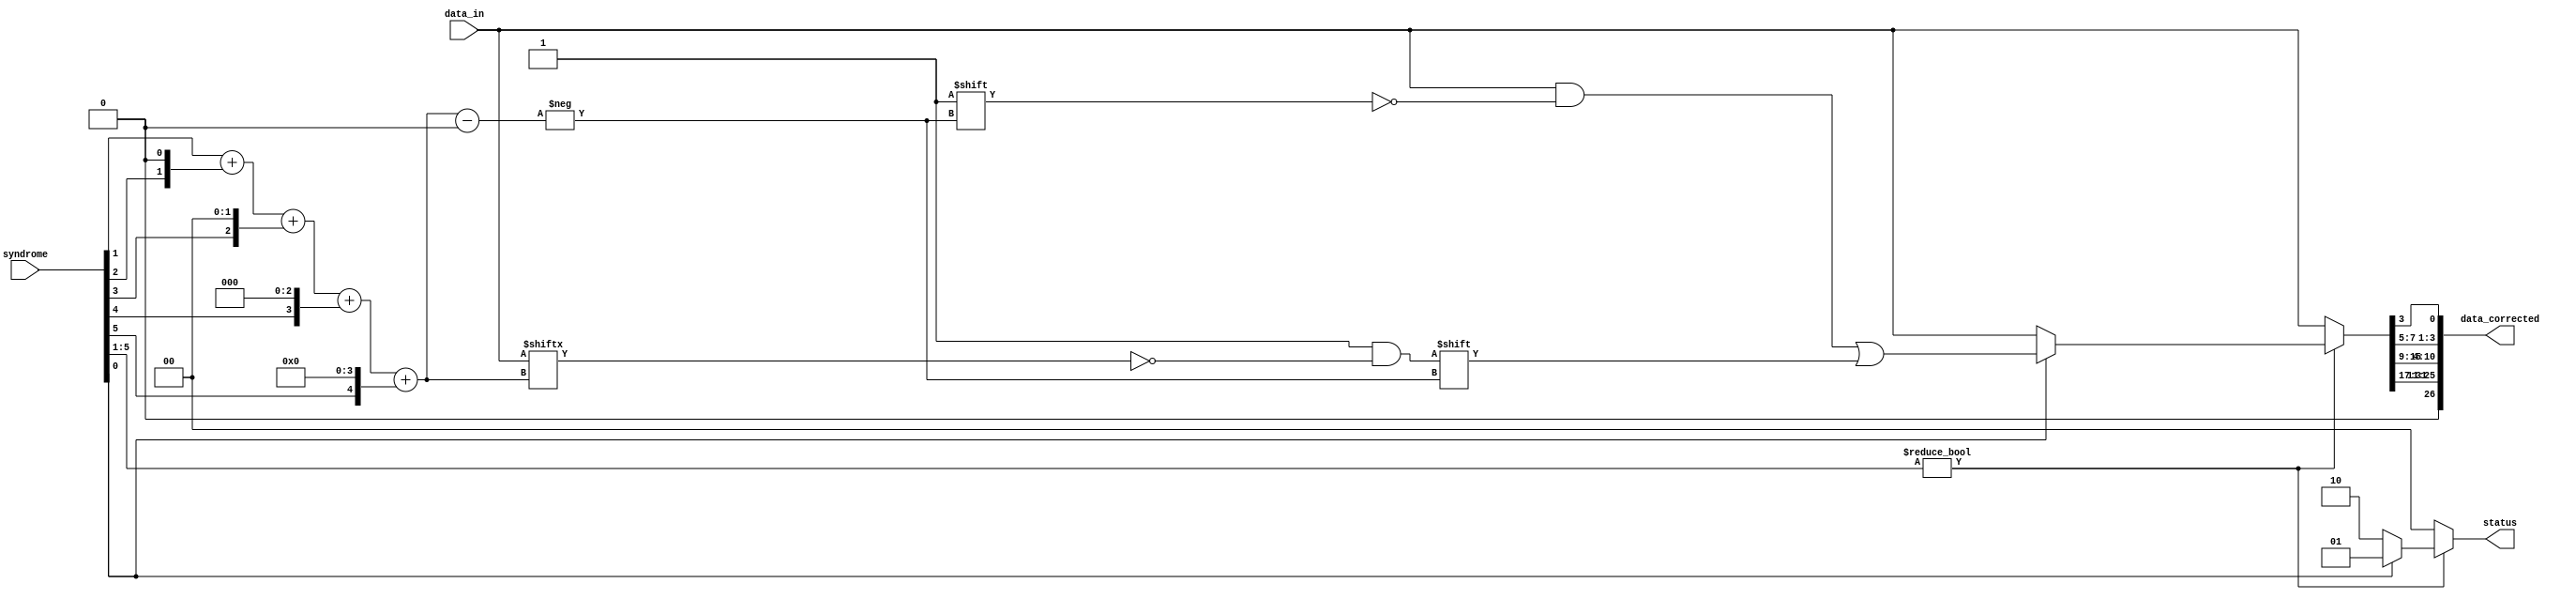
`timescale 1ns / 1ps

module data_correction_rtl(
    input [31:0] data_in,
    input [5:0] syndrome,
    output reg [26:0] data_corrected,
    output reg [1:0] status //00 -correct; 01 -single error, corrected; 10 -double error, detected
    );
    
    reg [5:0] error_pos;
    reg [31:0] temp;
    always@* begin
        if(syndrome[5:1]!=5'b00000) 
            if(syndrome[0]==0)begin
                status=2'b10;
                temp=data_in;
            end
            else begin
            error_pos = (syndrome[1])+(syndrome[2]<<1)+(syndrome[3]<<2) + (syndrome[4]<<3) + (syndrome[5]<<4);  
            temp=data_in;
            temp[error_pos]= ~temp[error_pos];
            status = 2'b01;
            end
        else begin
            status=2'b00;
            temp=data_in;
        end
        data_corrected={temp[31:17],temp[15:9],temp[7:5], temp[3]};   
    end
    
endmodule